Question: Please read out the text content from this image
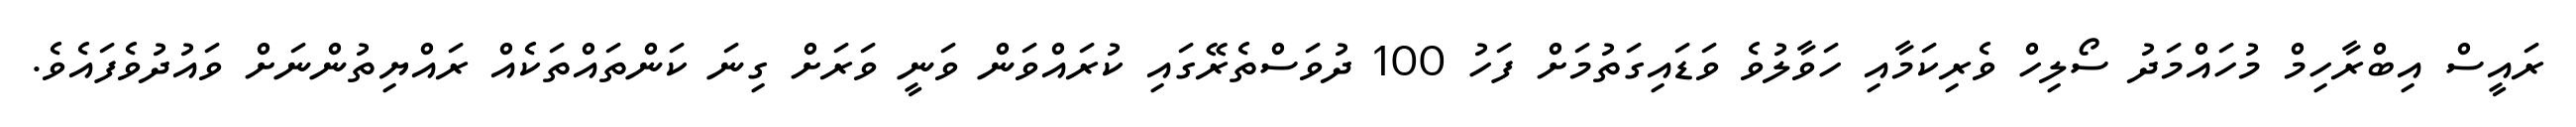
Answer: ރައީސް އިބްރާހިމް މުހައްމަދު ސޯލިހް ވެރިކަމާއި ހަވާލުވެ ވަޑައިގަތުމަށް ފަހު 100 ދުވަސްތެރޭގައި ކުރައްވަން ވަނީ ވަރަށް ގިނަ ކަންތައްތަކެއް ރައްޔިތުންނަށް ވައުދުވެފައެވެ.